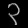
Digit: ၃